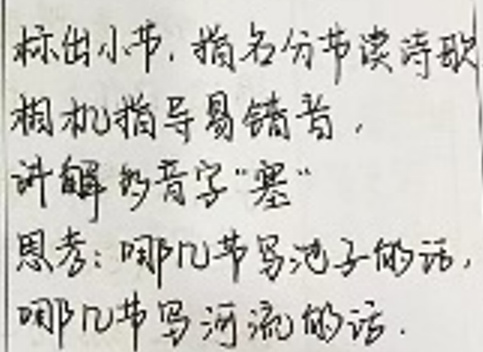
标音的小节，指各分节读诗歌\\
相机指导易错音。\\
讲解多音字“罢”\\
思考：哪几节易池子的话，\\
哪几节写河流的话。